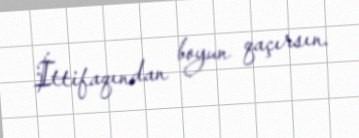
İttifaqından boyun qaçırsın.